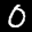
Label: 0